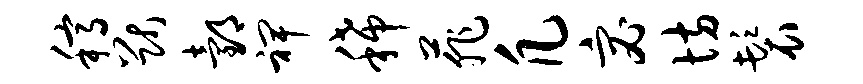
稿猷邰裨稀菲凡宓坊鬟